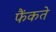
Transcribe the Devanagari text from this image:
फैंकते